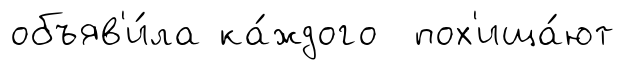
объяв'и́ла ка́ждого пох'ища́ют